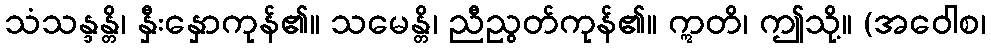
သံသန္ဒန္တိ၊ နှီးနှောကုန်၏။ သမေန္တိ၊ ညီညွတ်ကုန်၏။ ဣတိ၊ ဤသို့။ (အဝေါစ၊